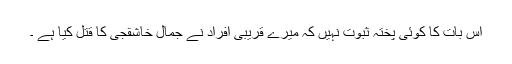
اس بات کا کوئی پختہ ثبوت نہیں کہ میرے قریبی افراد نے جمال خاشقجی کا قتل کیا ہے ۔